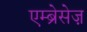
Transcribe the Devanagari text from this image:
एम्ब्रेसेज़